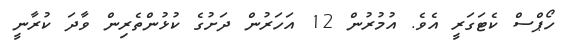
ހޯޕްސް ކެޓަގަރީ އެވެ. އުމުރުން 12 އަހަރުން ދަށުގެ ކުޅުންތެރިން ވާދަ ކުރާނީ